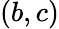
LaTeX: (b,c)